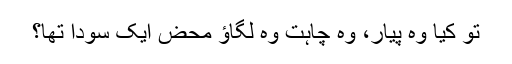
تو کیا وہ پیار، وہ چاہت وہ لگاؤ محض ایک سودا تھا؟